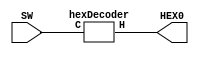
`timescale 1ns / 1ns 

module Lab2p3(SW, HEX0);
	input [3:0] SW;
	output [6:0] HEX0;
	
	hexDecoder hd0(
				.C(SW),
				.H(HEX0)
				);
endmodule			


	
module hexDecoder(C, H);
	input [3:0] C;
	output [6:0] H;
	
	//assigning value to each light
	assign H[0] = (C[3] | C[2] | C[1] | ~C[0]) & (C[3] | ~C[2] | C[1] | C[0]) &
		(~C[3] | C[2] | ~C[1] | ~C[0]) & (~C[3] | ~C[2] | ~C[1] | C[0]);
		
	assign H[1] = (C[3] | ~C[2] | C[1] | ~C[0]) & (C[3] | ~C[2] | ~C[1] | C[0]) & 
		(~C[3] | C[2] | ~C[1] | ~C[0]) & (~C[3] | ~C[2] | C[1] | C[0]) & 
		(~C[3] | ~C[2] | ~C[1] | C[0]) & (~C[3] | ~C[2] | ~C[1] | ~C[0]);
		
	assign H[2] = (C[3] | C[2] | ~C[1] | C[0]) & (~C[3] | ~C[2] | C[1] | C[0]) & 
		(~C[3] | ~C[2] | ~C[1] | C[0]) & (~C[3] | ~C[2] | ~C[1] | ~C[0]);
		
	assign H[3] = (C[3] | C[2] | C[1] | ~C[0]) & (C[3] | ~C[2] | C[1] | C[0]) & 
		(C[3] | ~C[2] | ~C[1] | ~C[0]) & (~C[3] | C[2] | C[1] | ~C[0]) & 
		(~C[3] | C[2] | ~C[1] | C[0]) & (~C[3] | ~C[2] | ~C[1] | ~C[0]);
		
	assign H[4] = (C[3] | C[2] | C[1] | ~C[0]) & (C[3] | C[2] | ~C[1] | ~C[0]) & 
		(C[3] | ~C[2] | C[1] | C[0]) & (C[3] | ~C[2] | C[1] | ~C[0]) & 
		(C[3] | ~C[2] | ~C[1] | ~C[0]) & (~C[3] | C[2] | C[1] | ~C[0]);
		
	assign H[5] = (C[3] | C[2] | C[1] | ~C[0]) & (C[3] | C[2] | ~C[1] | C[0]) & 
		(C[3] | C[2] | ~C[1] | ~C[0]) & (C[3] | ~C[2] | ~C[1] | ~C[0]) & 
		(~C[3] | ~C[2] | C[1] | ~C[0]);
		
	assign H[6] = (C[3] | C[2] | C[1] | C[0]) & (C[3] | C[2] | C[1] | ~C[0]) & 
		(C[3] | ~C[2] | ~C[1] | ~C[0]) & (~C[3] | ~C[2] | C[1] | C[0]);
		
endmodule